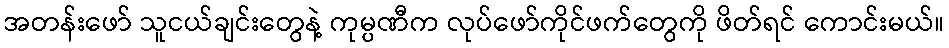
အတန်းဖော် သူငယ်ချင်းတွေနဲ့ ကုမ္ပဏီက လုပ်ဖော်ကိုင်ဖက်တွေကို ဖိတ်ရင် ကောင်းမယ်။